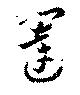
闥